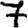
Digit: 7